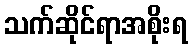
သက်ဆိုင်ရာအစိုးရ